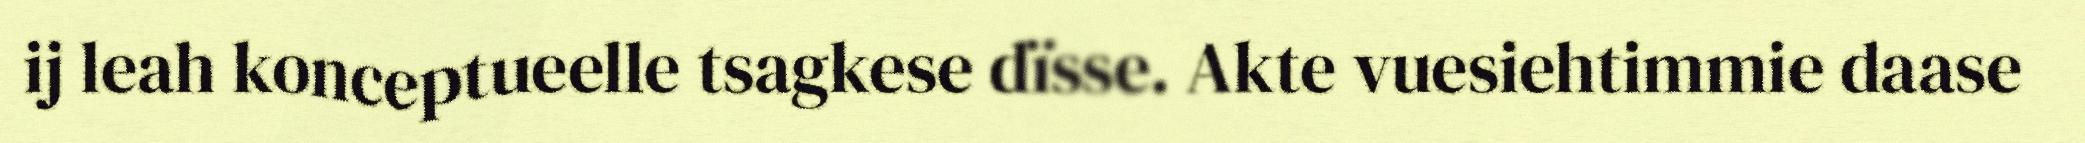
ij leah konceptueelle tsagkese dïsse. Akte vuesiehtimmie daase